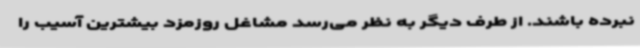
نبرده باشند. از طرف دیگر به نظر می‌رسد مشاغل روزمزد بیشترین آسیب را